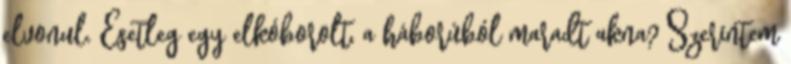
elvonul. Esetleg egy elkóborolt, a háborúból maradt akna? Szerintem